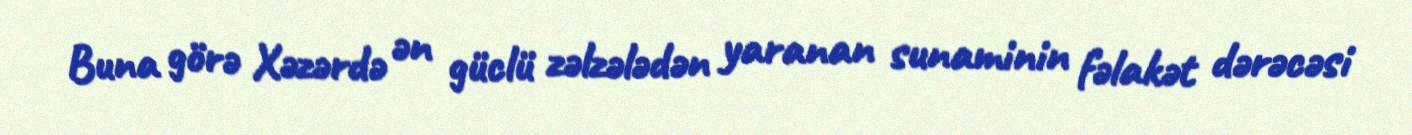
Buna görə Xəzərdə ən güclü zəlzələdən yaranan sunaminin fəlakət dərəcəsi